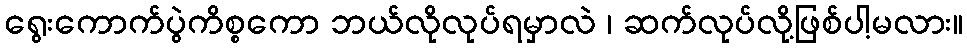
ရွေးကောက်ပွဲကိစ္စကော ဘယ်လိုလုပ်ရမှာလဲ ၊ ဆက်လုပ်လို့ဖြစ်ပါ့မလား။